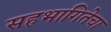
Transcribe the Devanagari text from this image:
सहभागितेचा